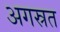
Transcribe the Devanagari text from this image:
अगस्रत